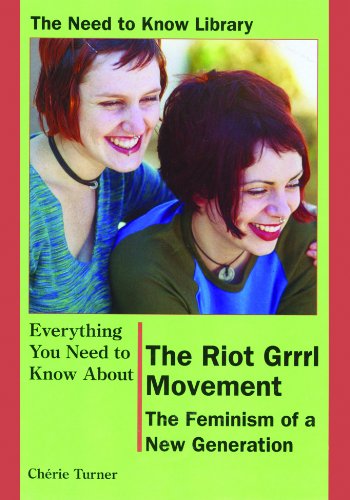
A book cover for The Riot Grrrl Movement: The Feminism of a New Generation (Need to Know Library); ChÃ©rie Turner; Teen & Young Adult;